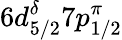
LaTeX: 6d_{5/2}^{\delta}7p_{1/2}^{\pi}